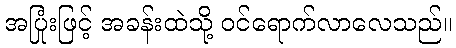
အပြုံးဖြင့် အခန်းထဲသို့ ဝင်ရောက်လာလေသည်။